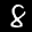
Label: 8